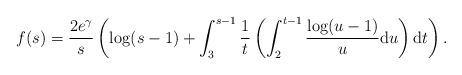
LaTeX: \begin{align*} f(s)=\frac{2e^{\gamma}}{s}\left(\log(s-1)+\int_3^{s-1}\frac{1}{t}\left(\int_2^{t-1}\frac{\log(u-1)}{u}\mathrm{d}u\right)\mathrm{d}t\right).\end{align*}